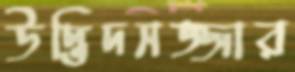
উদ্ভিদসজ্জার